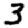
Digit: 3